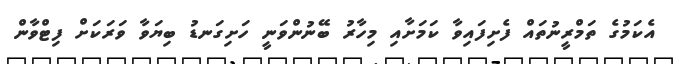
އެކަމުގެ ތަމްރީނުތައް ފެށިފައިވާ ކަމަށާއި މިހާރު ބޭނުންވަނީ ހަށިގަނޑު ބިޔަވާ ވަރަކަށް ފިޓްވާން